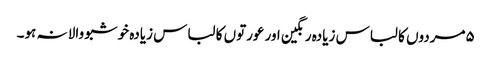
۵مردوں کا لباس زیادہ رنگین اور عورتوں کا لباس زیادہ خوشبو والا نہ ہو۔